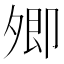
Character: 𡖖